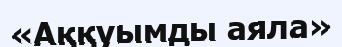
«Аққуымды аяла»